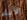
الأباء